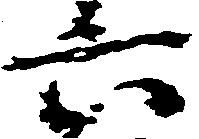
六